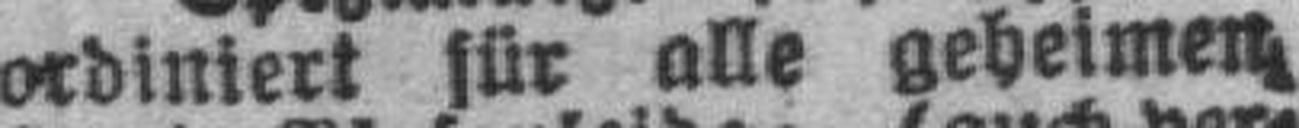
ordiniert für alle geheimen,